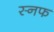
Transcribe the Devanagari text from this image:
स्नफ